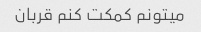
میتونم کمکت کنم قربان